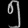
Digit: ၅